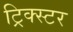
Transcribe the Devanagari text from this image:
ट्रिक्स्टर